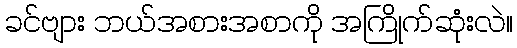
ခင်ဗျား ဘယ်အစားအစာကို အကြိုက်ဆုံးလဲ။